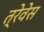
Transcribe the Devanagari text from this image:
त्रेवेस